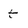
Character: t